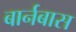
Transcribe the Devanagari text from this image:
बार्नबास